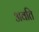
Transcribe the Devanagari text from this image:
अवति